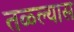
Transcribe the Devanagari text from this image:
तळ्ल्यास